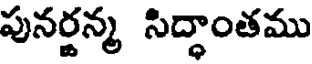
పునర్జన్మ సిద్ధాంతము